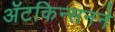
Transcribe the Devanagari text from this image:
ॲटकिन्सनने